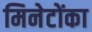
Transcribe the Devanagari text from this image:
मिनेटोंका